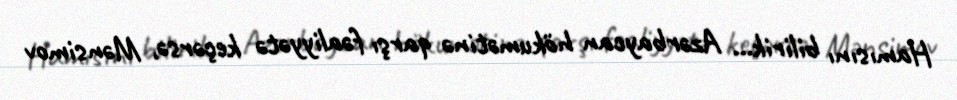
Hamısını bilirik... Azərbaycan hökumətinə qarşı fəaliyyətə keçərsə, Mənsimov